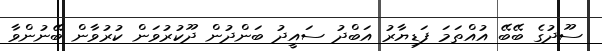
ސޫދުގެ ބޭބޭ އުއްތަމަ ފަޑިޔާރު އަބްދު ސައީދު ބަންދުން ދޫކުރުވަން ކުރުވާން ބޭނުންވާ